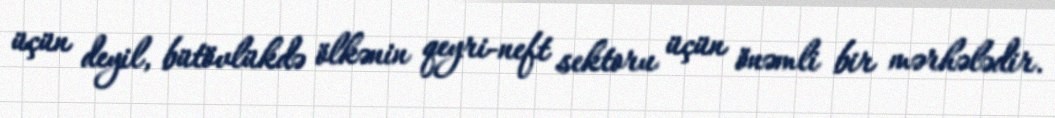
üçün deyil, bütövlükdə ölkənin qeyri-neft sektoru üçün önəmli bir mərhələdir.